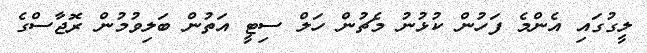
ލީގުގައި އެންމެ ފަހުން ކުޅުނު މެޗުން ހަލް ސިޓީ އަތުން ބަލިވުމުން ރޮޖާސްގެ